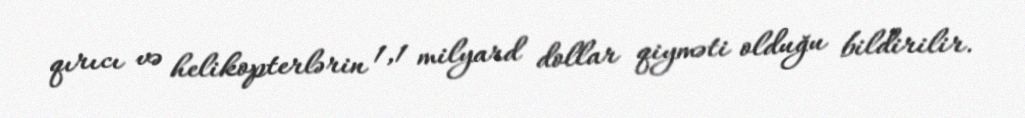
qırıcı və helikopterlərin 1,1 milyard dollar qiyməti olduğu bildirilir.